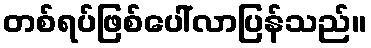
တစ်ရပ်ဖြစ်ပေါ်လာပြန်သည်။